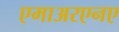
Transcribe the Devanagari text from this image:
एमाअरएनए